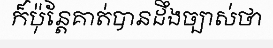
ក៏ប៉ុន្តែគាត់បានដឹងច្បាស់ថា